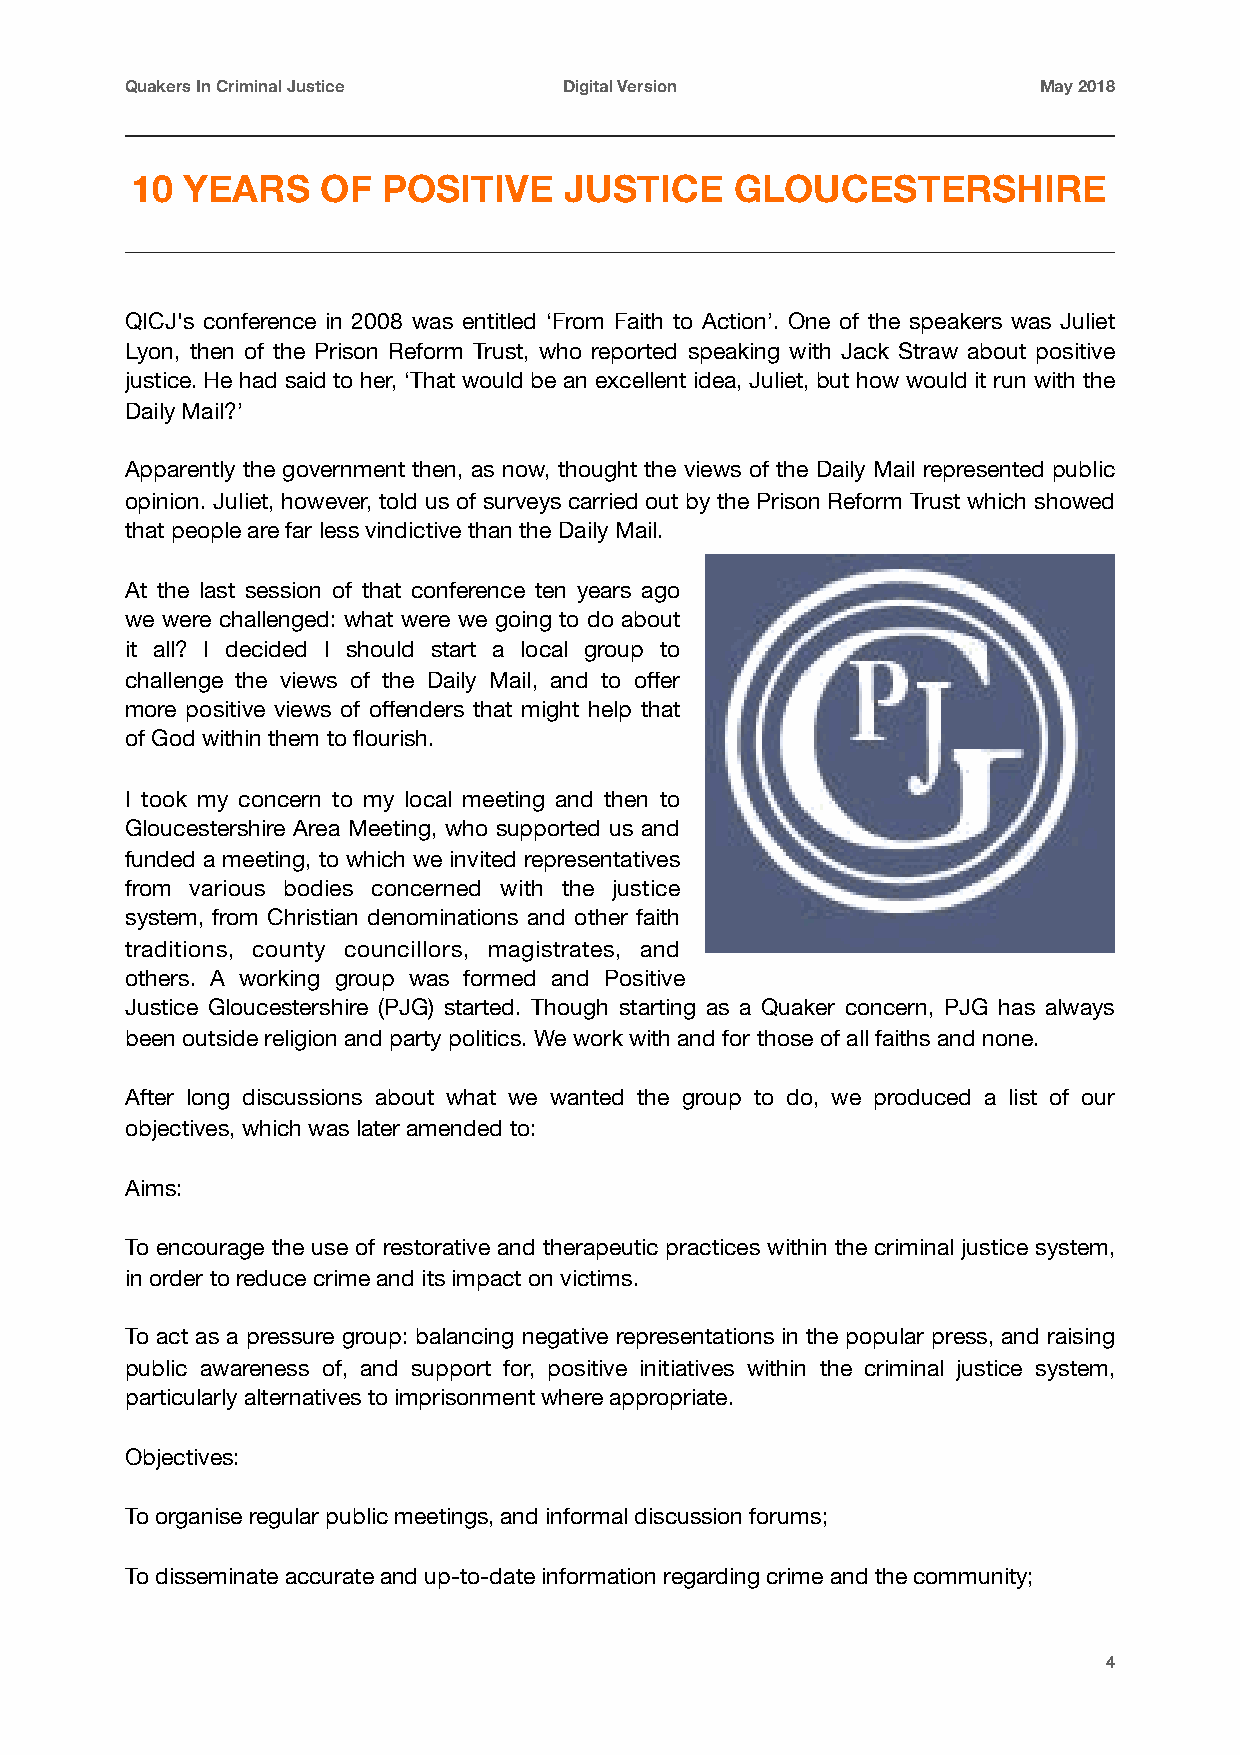
Quakers In Criminal Justice  Digital Version                 May 2018
 10 YEARS    OF  POSITIVE    JUSTICE     GLOUCESTERSHIRE
 QICJ's conference in 2008 was entitled ‘From Faith to Action’. One of the speakers was Juliet
 Lyon, then of the Prison Reform Trust, who reported speaking with Jack Straw about positive
 justice. He had said to her, ‘That would be an excellent idea, Juliet, but how would it run with the
 Daily Mail?’
 Apparently the government then, as now, thought the views of the Daily Mail represented public
 opinion. Juliet, however, told us of surveys carried out by the Prison Reform Trust which showed
 that people are far less vindictive than the Daily Mail.
 At the last session of that conference ten years ago
 we were challenged: what were we going to do about
 it all? I decided I should start a local group to
 challenge the views of the Daily Mail, and to offer
 more positive views of offenders that might help that
 of God within them to flourish.
 I took my concern to my local meeting and then to
 Gloucestershire Area Meeting, who supported us and
 funded a meeting, to which we invited representatives
 from various bodies concerned with the justice
 system, from Christian denominations and other faith
 traditions, county councillors, magistrates, and
 others. A working group was formed and Positive
 Justice Gloucestershire (PJG) started. Though starting as a Quaker concern, PJG has always
 been outside religion and party politics. We work with and for those of all faiths and none.
 After long discussions about what we wanted the group to do, we produced a list of our
 objectives, which was later amended to:
 Aims:
 To encourage the use of restorative and therapeutic practices within the criminal justice system,
 in order to reduce crime and its impact on victims.
 To act as a pressure group: balancing negative representations in the popular press, and raising
 public awareness of, and support for, positive initiatives within the criminal justice system,
 particularly alternatives to imprisonment where appropriate.
 Objectives:
 To organise regular public meetings, and informal discussion forums;
 To disseminate accurate and up-to-date information regarding crime and the community;
 4